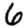
Digit: 6